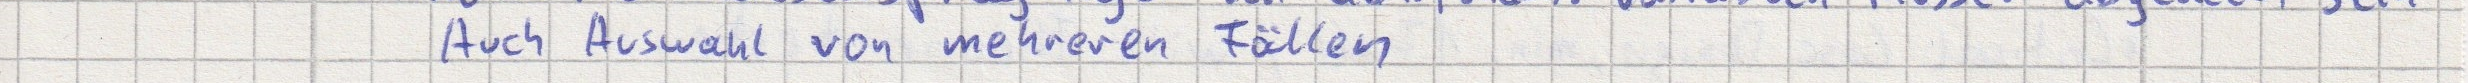
Auch Auswahl von mehreren Fällen